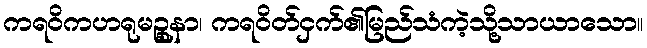
ကရဝိကဟရုမဉ္စုနာ၊ ကရဝိတ်ငှက်၏မြည်သံကဲ့သို့သာယာသော။